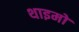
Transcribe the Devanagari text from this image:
थाइमो